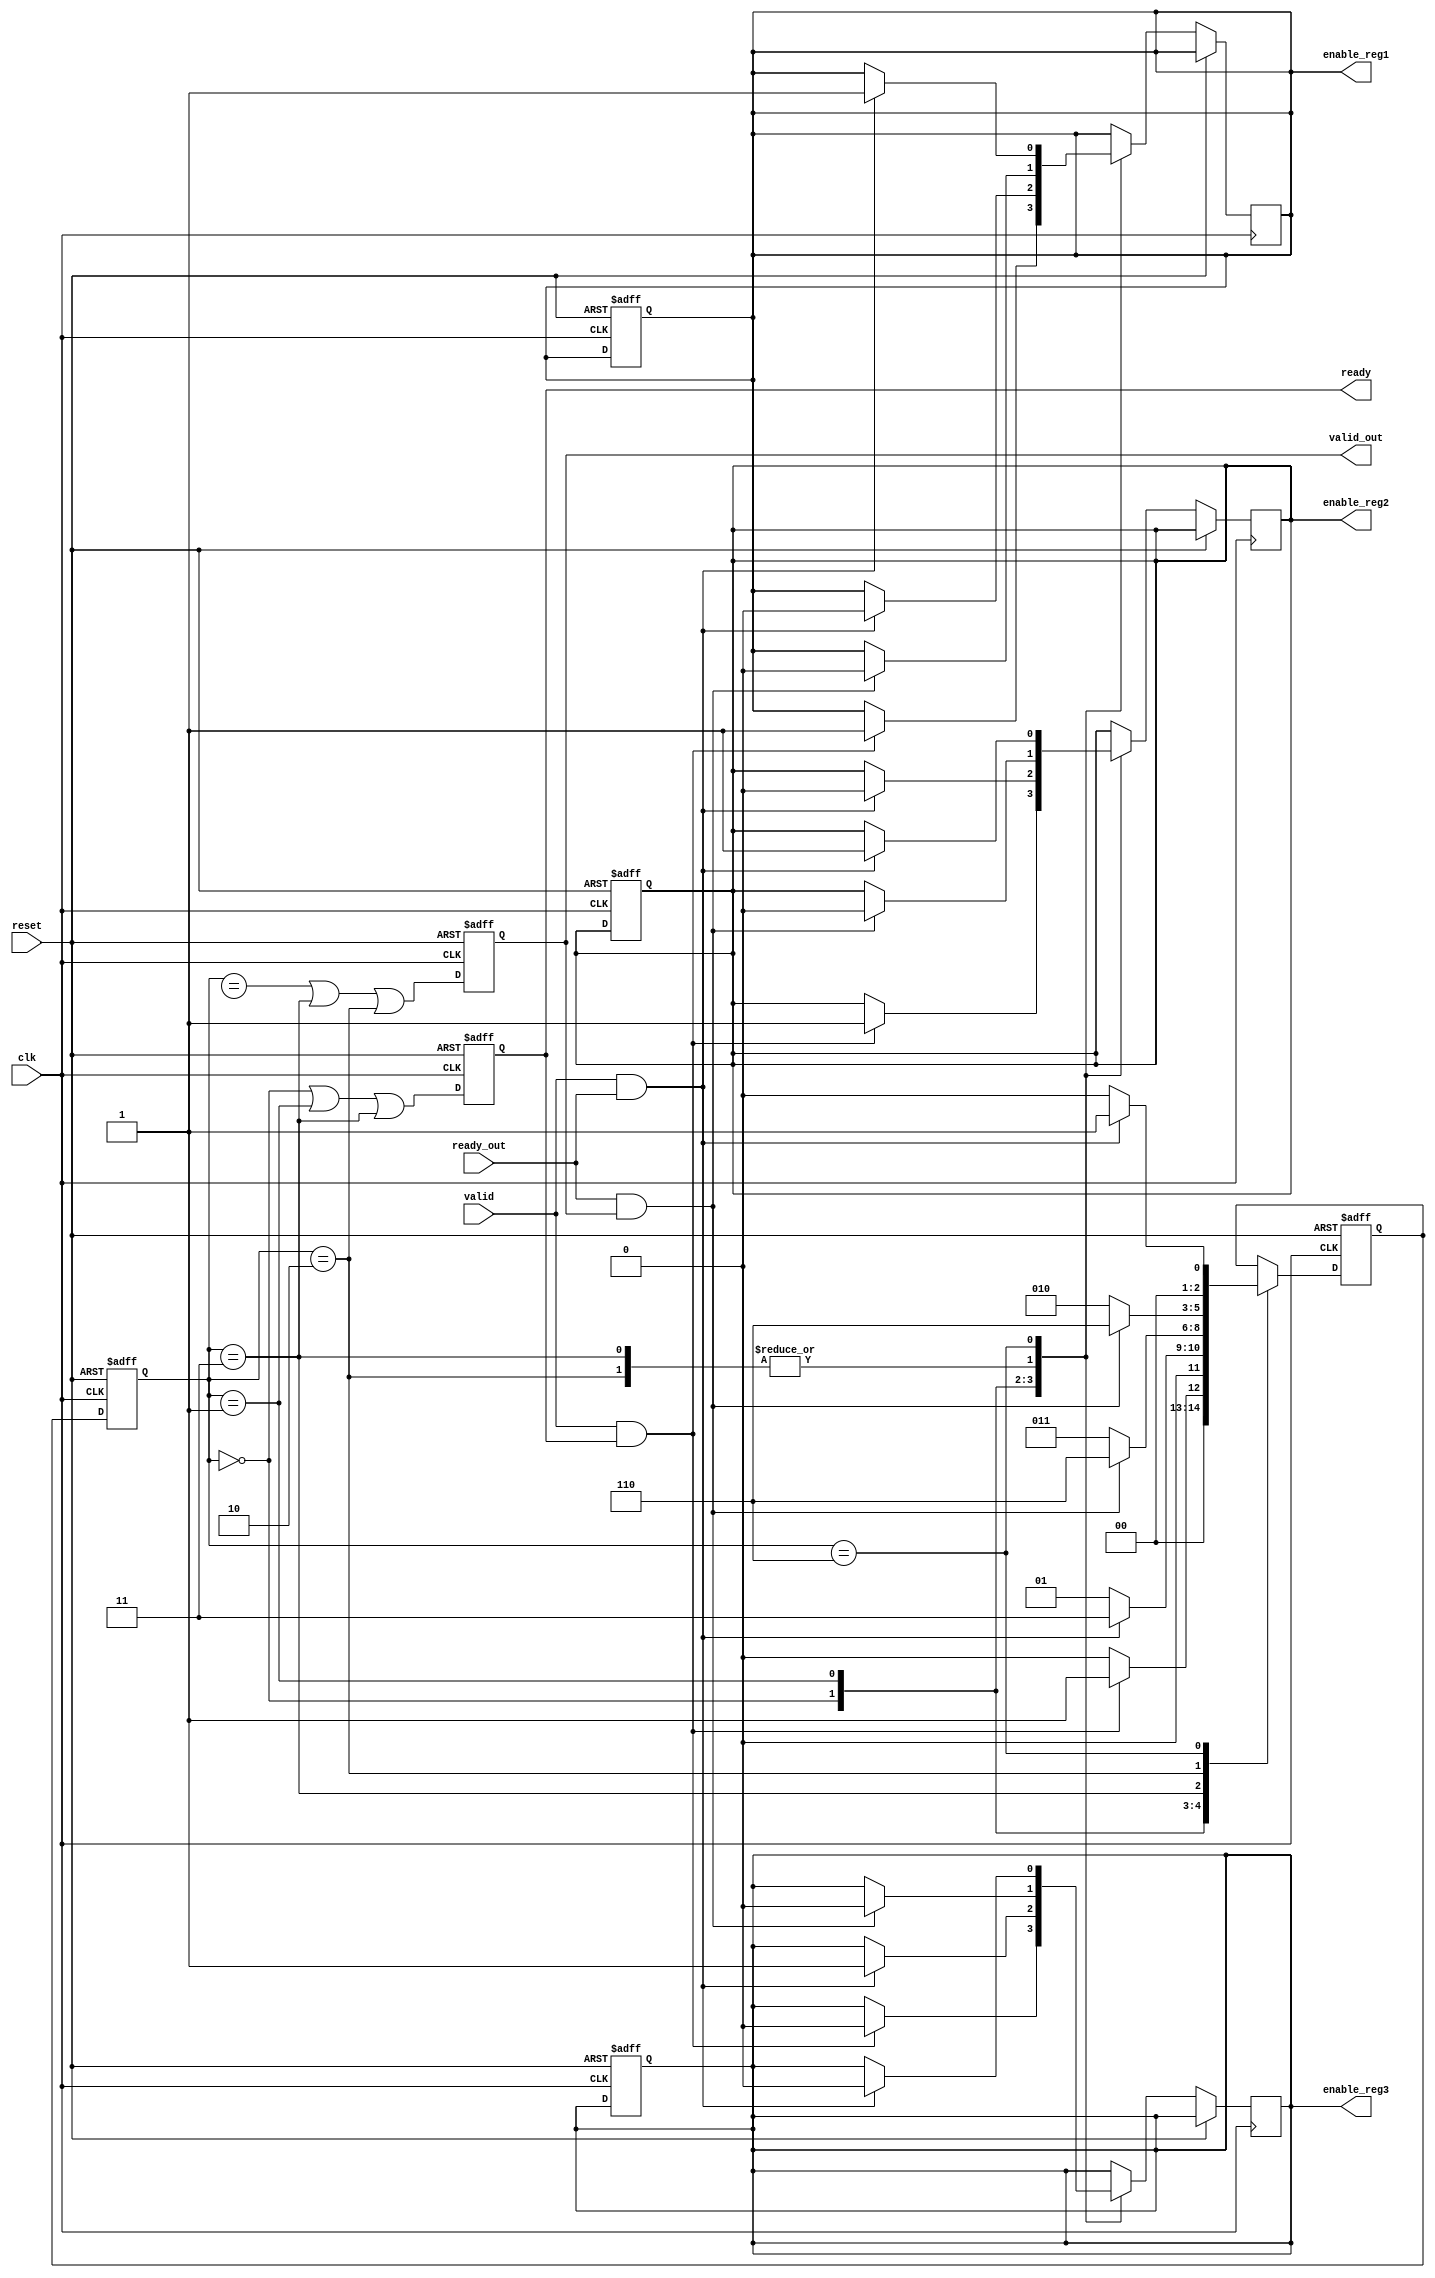
module FSM (
    input clk,                // Clock input
    input reset,              // Reset input
    input valid,              // Input data valid from feeder
    input ready_out,          // Input data ready from consumer
    
    output reg valid_out,     // Output data valid to consumer
    output reg ready,         // Output data ready to accelerator
    output reg enable_reg1,   // Enable signal for Reg 1
    output reg enable_reg2,   // Enable signal for Reg 2
    output reg enable_reg3  // Enable signal for Reg 3
);

    // Define FSM states
    parameter [2:0] EMPTY_REGISTERS = 3'b000; //codifica di Gray
    parameter [2:0] FIRST_PIPE_STAGE_FULL = 3'b001;
    parameter [2:0] SECOND_PIPE_STAGE_FULL = 3'b011;
    parameter [2:0] PIPE_FULL_RESULT_UNREAD = 3'b010;
    parameter [2:0] PIPE_FULL_RESULT_READ = 3'b110;

    // Define FSM signals
    reg [2:0] state, next_state;
    reg [1:0] reg_count; // Count of valid data registers

    // FSM logic
    always @(posedge clk or posedge reset) begin
        if (reset) begin
            state <= EMPTY_REGISTERS;
            reg_count <= 0;
            ready <= 1'b1;
            valid_out <= 1'b0;
            enable_reg1 <= 1'b0;
            enable_reg2 <= 1'b0;
            enable_reg3 <= 1'b0;
        end else begin
            state <= next_state;
            ready <= (state == EMPTY_REGISTERS || state == FIRST_PIPE_STAGE_FULL || state == SECOND_PIPE_STAGE_FULL);
            valid_out <= (state == FIRST_PIPE_STAGE_EMPTY || state == SECOND_PIPE_STAGE_FULL || state == PIPE_FULL_RESULT_UNREAD);
        end
    end

    // Next-state logic
    always @(posedge clk or posedge reset) begin
        if (reset) begin
            next_state <= EMPTY_REGISTERS;
        end else begin
            case (state)
                EMPTY_REGISTERS: begin
                    if (valid && ready) begin
                        next_state <= FIRST_PIPE_STAGE_FULL;
                        enable_reg1 <= 1'b1;
                        enable_reg2 <= 1'b1;
                        enable_reg3 <= 1'b0;
                    end else begin
                        next_state <= EMPTY_REGISTERS;
                    end
                end

                FIRST_PIPE_STAGE_FULL: begin
                    if (valid && ready_out) begin
                        next_state <= SECOND_PIPE_STAGE_FULL;
                        enable_reg1 <= 1'b0;
                        enable_reg2 <= 1'b0;
                        enable_reg3 <= 1'b1;
                    end else begin
                        next_state <= FIRST_PIPE_STAGE_FULL;
                    end
                end

                SECOND_PIPE_STAGE_FULL: begin
                    if (ready_out && valid_out) begin
                        next_state <= PIPE_FULL_RESULT_READ;
                        enable_reg1 <= 1'b0;
                        enable_reg2 <= 1'b0;
                        enable_reg3 <= 1'b0;
                    end else begin
                        next_state <= SECOND_PIPE_STAGE_FULL;
                    end
                end

                PIPE_FULL_RESULT_UNREAD: begin
                    if (ready_out && valid_out) begin
                        next_state <= PIPE_FULL_RESULT_READ;
                        enable_reg1 <= 1'b0;
                        enable_reg2 <= 1'b0;
                        enable_reg3 <= 1'b0;
                    end else begin
                        next_state <= PIPE_FULL_RESULT_UNREAD;
                    end
                end

                PIPE_FULL_RESULT_READ: begin
                    if (valid && ready_out) begin
                        next_state <= FIRST_PIPE_STAGE_FULL;
                        enable_reg1 <= 1'b1;
                        enable_reg2 <= 1'b1;
                        enable_reg3 <= 1'b0;
                    end else begin
                        next_state <= EMPTY_REGISTERS;
                    end
                end
            endcase
        end
    end
endmodule